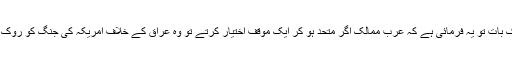
انہوں نے ایک بات تو یہ فرمائی ہے کہ عرب ممالک اگر متحد ہو کر ایک موقف اختیار کرتے تو وہ عراق کے خلاف امریکہ کی جنگ کو روک سکتے تھے۔